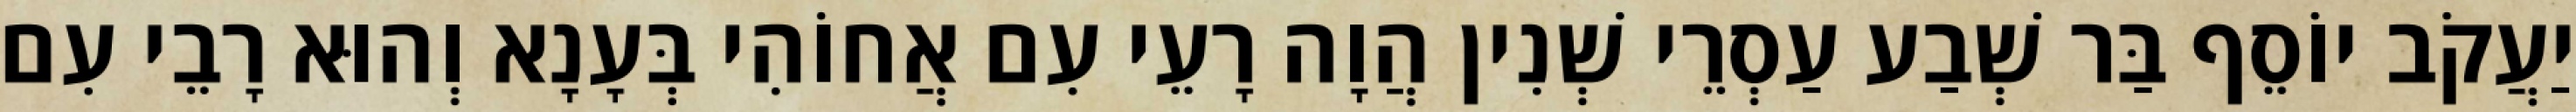
יַעֲקֹב יוֹסֵף בַּר שְׁבַע עַסְרֵי שְׁנִין הֲוָה רָעֵי עִם אֲחוֹהִי בְּעָנָא וְהוּא רָבֵי עִם